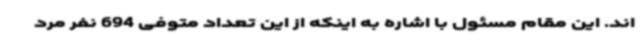
اند. این مقام مسئول با اشاره به اینکه از این تعداد متوفی 694 نفر مرد